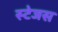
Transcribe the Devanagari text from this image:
स्टेजस